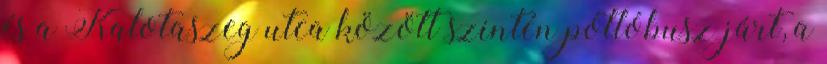
és a Kalotaszeg utca között szintén pótlóbusz járt, a